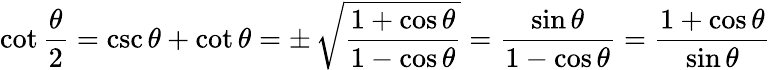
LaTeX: \cot{\frac{\theta}{2}}=\csc\theta+\cot\theta=\pm\, {\sqrt{\frac{1+\cos\theta}{1-\cos\theta}}}={\frac{\sin\theta}{1-\cos\theta}}={\frac{1+\cos\theta}{\sin\theta}}